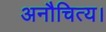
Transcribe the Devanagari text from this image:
अनौचित्य।